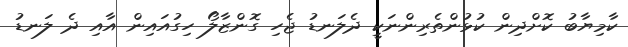
ކާމިޔާބު ކޮށްދިން ކުޅުންތެރިންނަކީ ދެލަނޑު ޖެހި ގޮންޒާލޯ ހިގުއައިން އާއި ދެ ލަނޑު